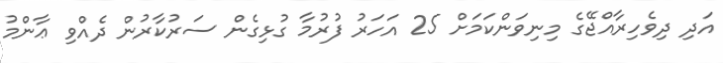
އަދި ދިވެހިރާއްޖޭގެ މިނިވަންކަމަށް 25 އަހަރު ފުރުމާ ގުޅިގެން ސަރުކާރުން ދެއްވި ޢާންމު